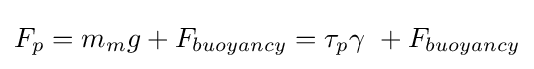
F_{p}=m_{m}g+F_{buoyancy}=\tau _{p}\gamma \ +F_{buoyancy}